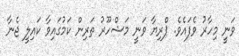
ވަނީ މިހާރު ވެފައެވެ. ޕްރިޔާ ވަނީ މަޝްހޫރު ތަރިން ކަމުގައިވާ ކައިލީ ޖެނާ